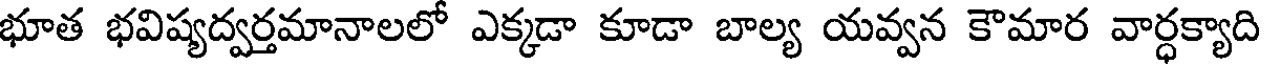
భూత భవిష్యద్వర్తమానాలలో ఎక్కడా కూడా బాల్య యవ్వన కౌమార వార్ధక్యాది